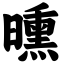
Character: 曛